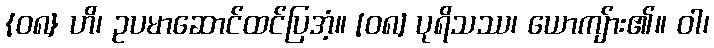
{၀၈} ဟိ၊ ဥပမာဆောင်ထင်ပြအံ့။ [၀၈] ပုရိသဿ၊ ယောကျ်ား၏။ ဝါ၊